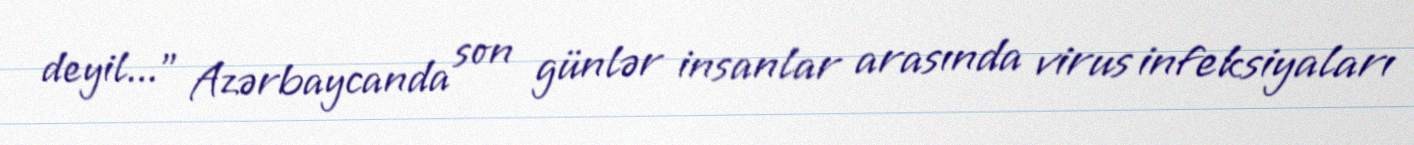
deyil...” Azərbaycanda son günlər insanlar arasında virus infeksiyaları